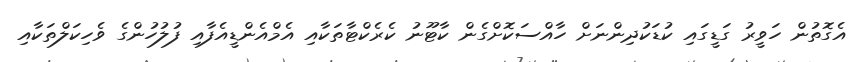
އެގޮތުން ހަވީރު ގަޑީގައި ކުޑަކުދިންނަށް ހާއްސަކޮށްގެން ކާޓޫނު ކެރެކްޓާތަކާއި އެމްއެންޑީއެފާއި ފުލުހުންގެ ވެހިކަލްތަކާއި